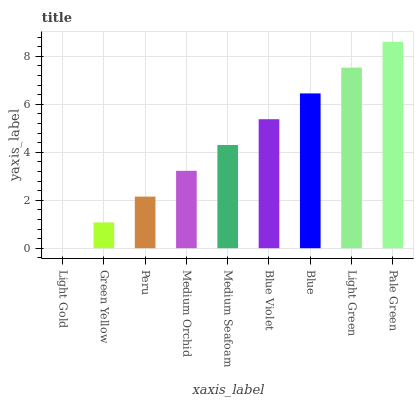
| xaxis_label | bars |
 | --- | --- |
 | Light Gold | 0 |
 | Green Yellow | 1.07 |
 | Peru | 2.15 |
 | Medium Orchid | 3.22 |
 | Medium Seafoam | 4.3 |
 | Blue Violet | 5.37 |
 | Blue | 6.45 |
 | Light Green | 7.52 |
 | Pale Green | 8.6 |